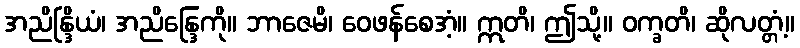
အညိန္ဒြိယံ၊ အညိန္ဒြေကို။ ဘာဇေမိ၊ ဝေဖန်စေအံ့။ ဣတိ၊ ဤသို့။ ဝက္ခတိ၊ ဆိုလတ္တံ့။